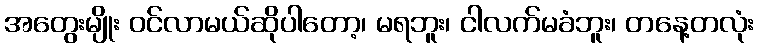
အတွေးမျိုး ဝင်လာမယ်ဆိုပါတော့၊ မရဘူး၊ ငါလက်မခံဘူး၊ တနေ့တလုံး